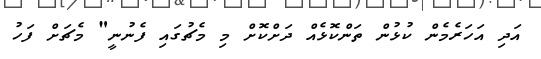
އަދި އަހަރެމެން ކުޅުން ތަންކޮޅެއް ދަށްކޮށް މި މެޗުގައި ފެނުނީ" މެޗަށް ފަހު